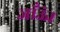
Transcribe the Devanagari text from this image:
जाँऊं।